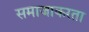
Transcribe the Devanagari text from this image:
समाजाकरता